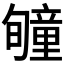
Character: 𥫂